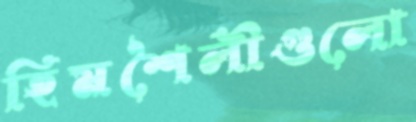
হিমশৈলীগুলো